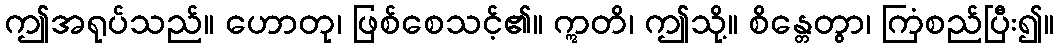
ဤအရုပ်သည်။ ဟောတု၊ ဖြစ်စေသင့်၏။ ဣတိ၊ ဤသို့။ စိန္တေတွာ၊ ကြံစည်ပြီး၍။